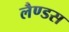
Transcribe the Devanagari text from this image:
लैण्डस